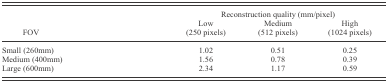
<table><thead><tr><td></td><td colspan="3"><b>Reconstruction quality (mm/pixel)</b></td></tr><tr><td><b>FOV</b></td><td><b>Low (250 pixels)</b></td><td><b>Medium (512 pixels)</b></td><td><b>High (1024 pixels)</b></td></tr></thead><tbody><tr><td>Small (260mm)</td><td>1.02</td><td>0.51</td><td>0.25</td></tr><tr><td>Medium (400mm)</td><td>1.56</td><td>0.78</td><td>0.39</td></tr><tr><td>Large (600mm)</td><td>2.34</td><td>1.17</td><td>0.59</td></tr></tbody></table>